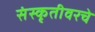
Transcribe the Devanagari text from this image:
संस्कृतीवरचे